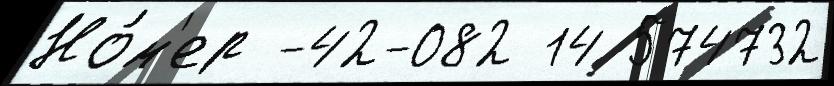
Но́м'ер -42-082 14 574732